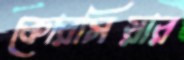
কোরসিয়ার